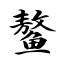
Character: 鳌